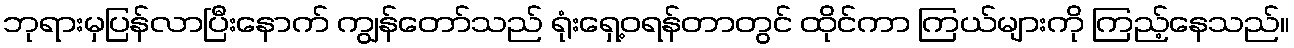
ဘုရားမှပြန်လာပြီးနောက် ကျွန်တော်သည် ရုံးရှေ့ဝရန်တာတွင် ထိုင်ကာ ကြယ်များကို ကြည့်နေသည်။